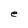
Character: e